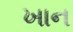
ખાન